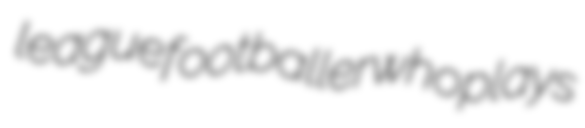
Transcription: league footballer who plays